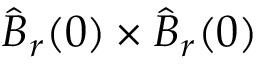
\widehat { B } _ { r } ( 0 ) \times \widehat { B } _ { r } ( 0 )